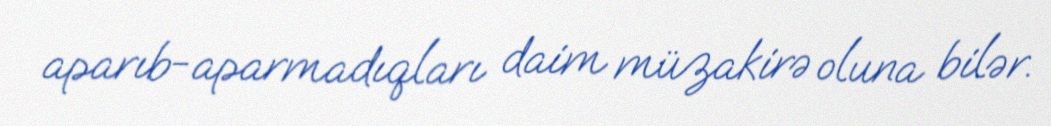
aparıb-aparmadıqları daim müzakirə oluna bilər.